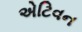
એટિવન